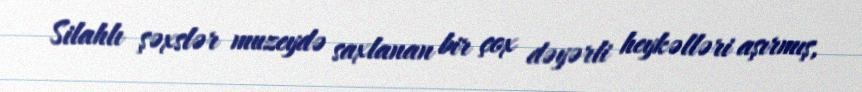
Silahlı şəxslər muzeydə saxlanan bir çox dəyərli heykəlləri aşırmış,